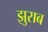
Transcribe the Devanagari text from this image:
झुराब